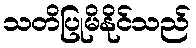
သတိပြုမိနိုင်သည်